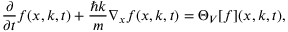
\frac { \partial } { \partial t } f ( x , k , t ) + \frac { \hbar k } { m } \nabla _ { x } f ( x , k , t ) = \Theta _ { V } [ f ] ( x , k , t ) ,